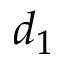
d _ { 1 }